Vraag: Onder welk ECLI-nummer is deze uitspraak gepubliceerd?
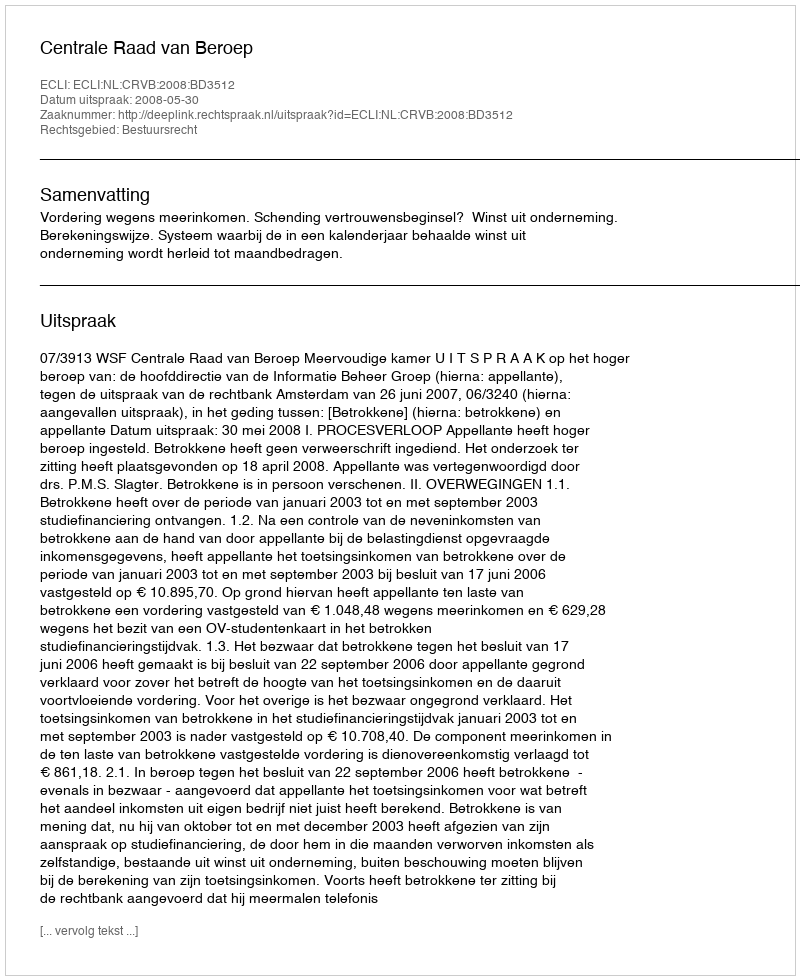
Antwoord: ECLI:NL:CRVB:2008:BD3512